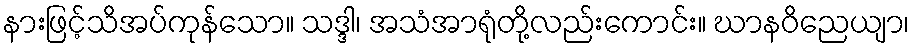
နားဖြင့်သိအပ်ကုန်သော။ သဒ္ဒါ၊ အသံအာရုံတို့လည်းကောင်း။ ဃာနဝိညေယျာ၊